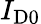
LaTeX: I_{\mathrm{D0}}